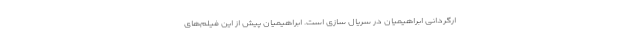
ارگردانی ابراهیمیان در سریال سازی است. ابراهیمیان پیش از این فیلم‌های